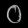
Digit: ၀